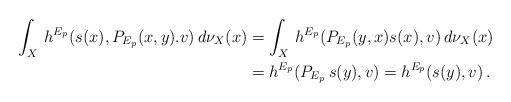
LaTeX: \begin{align*}\int_X\,h^{E_p}(s(x),P_{E_p}(x,y).v)\,d\nu_X(x)&=\int_X\,h^{E_p}(P_{E_p}(y,x)s(x),v)\,d\nu_X(x)\\&=h^{E_p}(P_{E_p}\,s(y),v)=h^{E_p}(s(y),v)\,.\end{align*}